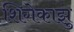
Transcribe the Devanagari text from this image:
शिगेकाझु